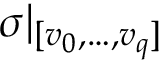
\sigma | _ { [ v _ { 0 } , \ldots , v _ { q } ] }